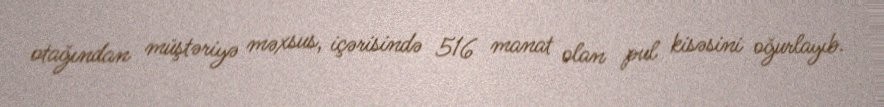
otağından müştəriyə məxsus, içərisində 516 manat olan pul kisəsini oğurlayıb.